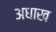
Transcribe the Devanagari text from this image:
अधाख